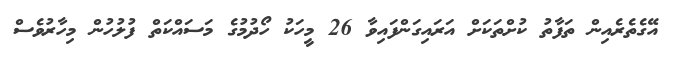
އޭގެތެރެއިން ތަފާތު ކުށްތަކަށް އަރައިގަންފައިވާ 26 މީހަކު ހޯދުމުގެ މަސައްކަތް ފުލުހުން މިހާރުވެސް